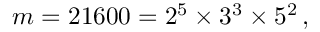
m = 2 1 6 0 0 = 2 ^ { 5 } \times 3 ^ { 3 } \times 5 ^ { 2 } \, ,